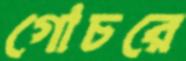
গোচরে